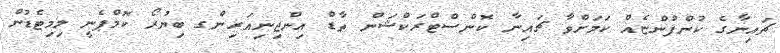
ޗައިނާގެ ކުންފުންޏެއް ކަމަށްވާ ޗައިނާ ކޮންސްޓްރަކްޝަން ތާޑް އިންޖިނިއަރިންގ ބިޔުރޯ ކޮމްޕެނީ ލިމިޓެޑުން